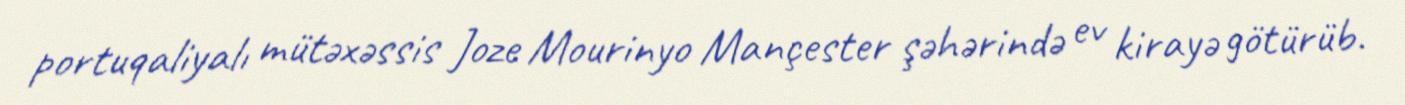
portuqaliyalı mütəxəssis Joze Mourinyo Mançester şəhərində ev kirayə götürüb.